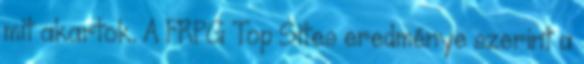
mit akartok. A FRPG Top Sites eredménye szerint a